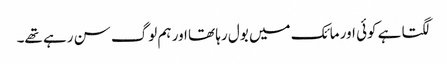
لگتا ہے کوئی اور مائک میں بول رہا تھا اور ہم لوگ سن رہے تھے۔